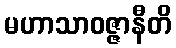
မဟာသာဝဇ္ဇာနီတိ